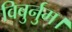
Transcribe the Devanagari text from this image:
विबुर्नुम।